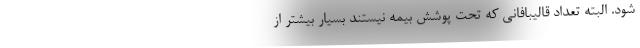
شود. البته تعداد قالیبافانی که تحت پوشش بیمه نیستند بسیار بیشتر از